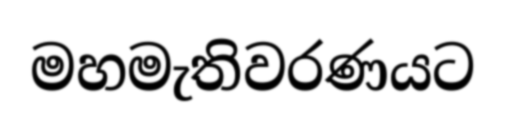
මහමැතිවරණයට